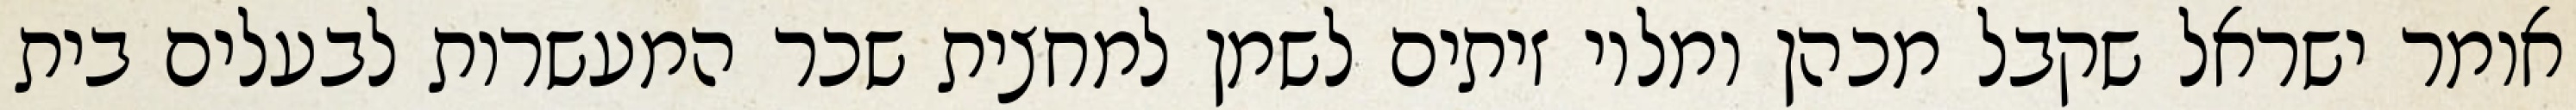
אומר ישראל שקבל מכהן ומלוי זיתים לשמן למחצית שכר המעשרות לבעלים בית